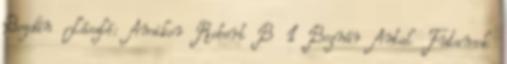
Bogdán László: Amikor Robert B 1 Bognár Antal Futamok